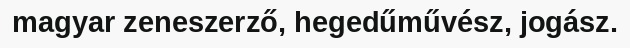
magyar zeneszerző, hegedűművész, jogász.